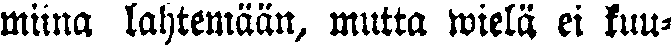
miina lähtemään, mutta wielä ei kuu-